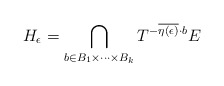
\begin{align*}H_\epsilon=\bigcap_{b \in B_1 \times \cdots \times B_k}T^{-\overline{\eta(\epsilon)}\cdot b} E\end{align*}